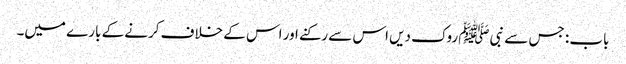
باب : جس سے نبیﷺ روک دیں اس سے رکنے اور اس کے خلاف کرنے کے بارے میں۔